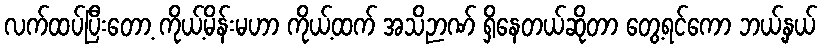
လက်ထပ်ပြီးတော့ ကိုယ့်မိန်းမဟာ ကိုယ့်ထက် အသိဉာဏ် ရှိနေတယ်ဆိုတာ တွေ့ရင်ကော ဘယ့်နှယ်